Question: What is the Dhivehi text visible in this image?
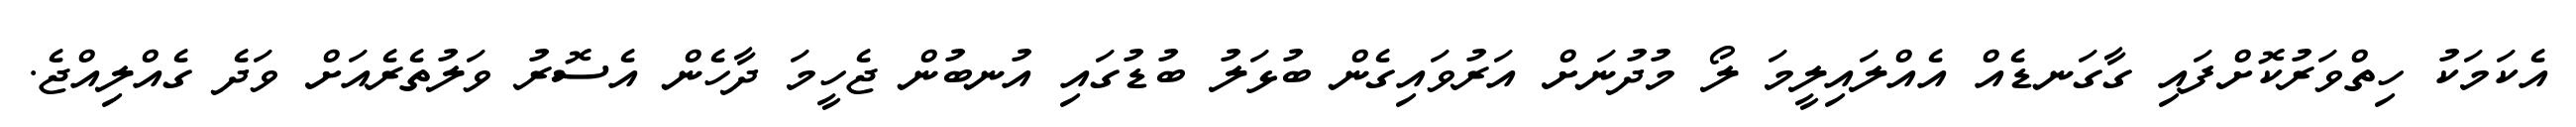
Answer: އެކަމަކު ހިތްވަރުކޮށްފައި ގާގަނޑެއް އެއްލައިލީމަ ލޯ މުދުނަށް އަރުވައިގެން ބުޅަލު ބުޑުގައި އުނބުން ޖެހީމަ ދާހެން އެސޮރު ވަލުތެރެއަށް ވަދެ ގެއްލިއްޖެ.